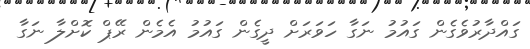
ގައްދާރުވެގެން ގައުމު ނަގާ ހަވަރަށް ދީގެން ގައުމު އެމެން ރޭޕް ކޮށްލާ ނަގާ